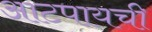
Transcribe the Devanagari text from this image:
आटपायची